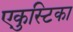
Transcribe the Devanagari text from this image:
एकुस्टिका